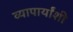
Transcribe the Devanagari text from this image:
व्यापार्यांशी